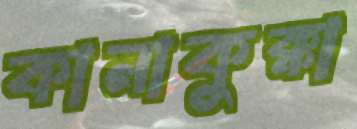
কানাকুক্কা